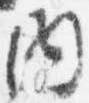
内